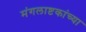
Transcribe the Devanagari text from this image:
मंगलाष्टकांच्या